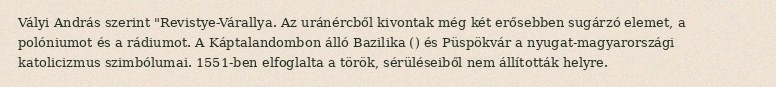
Vályi András szerint "Revistye-Várallya. Az uránércből kivontak még két erősebben sugárzó elemet, a polóniumot és a rádiumot. A Káptalandombon álló Bazilika () és Püspökvár a nyugat-magyarországi katolicizmus szimbólumai. 1551-ben elfoglalta a török, sérüléseiből nem állították helyre.